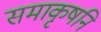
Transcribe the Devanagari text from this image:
समाकृषनि